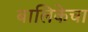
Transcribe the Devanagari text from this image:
बालिकेचा